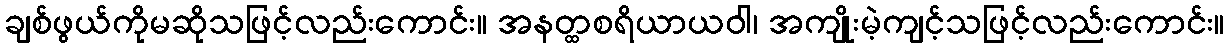
ချစ်ဖွယ်ကိုမဆိုသဖြင့်လည်းကောင်း။ အနတ္ထစရိယာယဝါ၊ အကျိုးမဲ့ကျင့်သဖြင့်လည်းကောင်း။